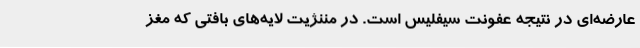
عارضه‌ای در نتیجه عفونت سیفلیس است. در مننژیت لایه‌های بافتی که مغز